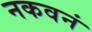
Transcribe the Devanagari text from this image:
नकवनं